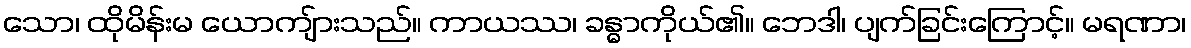
သော၊ ထိုမိန်းမ ယောကျ်ားသည်။ ကာယဿ၊ ခန္ဓာကိုယ်၏။ ဘေဒါ၊ ပျက်ခြင်းကြောင့်။ မရဏာ၊